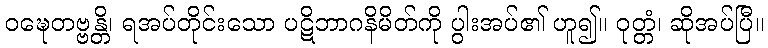
ဝဍ္ဎေတဗ္ဗန္တိ၊ ရအပ်တိုင်းသော ပဋိဘာဂနိမိတ်ကို ပွါးအပ်၏ ဟူ၍။ ဝုတ္တံ၊ ဆိုအပ်ပြီ။